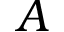
A